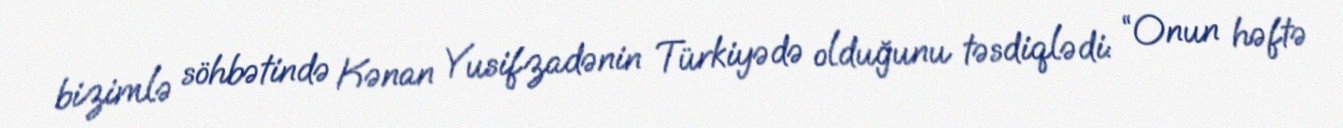
bizimlə söhbətində Kənan Yusifzadənin Türkiyədə olduğunu təsdiqlədi: “Onun həftə